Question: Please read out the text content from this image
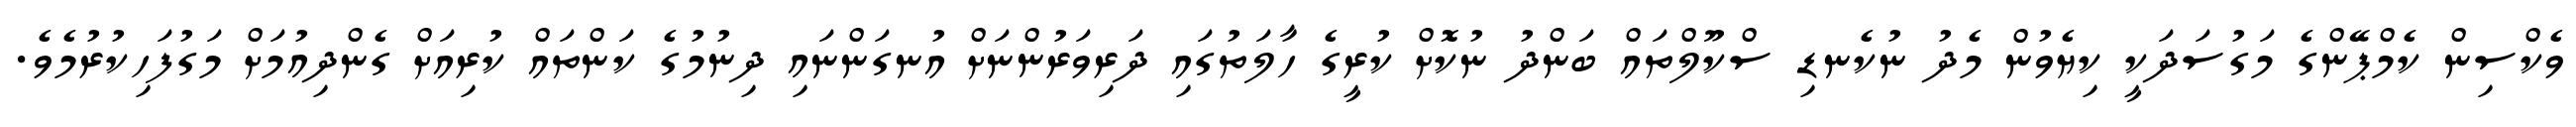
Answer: ވެކްސިން ކެމްޕޭންގެ މަގުސަދަކީ ކިޔެވުން މެދު ނުކެނޑި ސްކޫލްތައް ބަންދު ނުކޮށް ކުރީގެ ހާލަތުގައި ދަރިވަރުންނަށް އުނގަންނައި ދިނުމުގެ ކަންތައް ކުރިއަށް ގެންދިއުމަށް މަގުފަހިކުރުމެވެ.